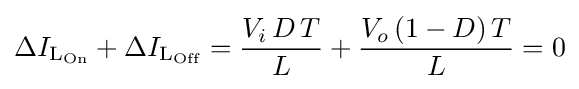
\Delta I_{{\text{L}}_{\text{On}}}+\Delta I_{{\text{L}}_{\text{Off}}}={\frac {V_{i}\,D\,T}{L}}+{\frac {V_{o}\left(1-D\right)T}{L}}=0